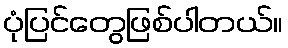
ပုံပြင်တွေဖြစ်ပါတယ်။